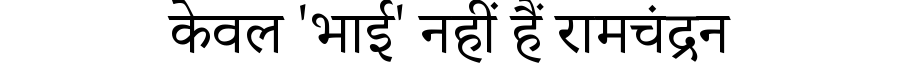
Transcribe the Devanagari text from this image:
केवल 'भाई' नहीं हैं रामचंद्रन